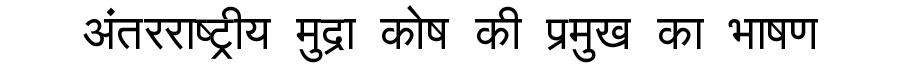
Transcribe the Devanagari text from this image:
अंतरराष्ट्रीय मुद्रा कोष की प्रमुख का भाषण